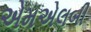
એમએલબી